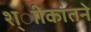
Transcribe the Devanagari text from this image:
श्ाीकांतने